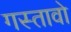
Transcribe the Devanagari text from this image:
गस्तावो